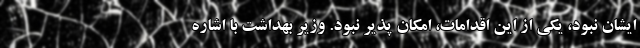
ایشان نبود، یکی از این اقدامات، امکان پذیر نبود. وزیر بهداشت با اشاره